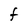
Character: F